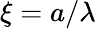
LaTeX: \xi=a/\lambda